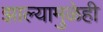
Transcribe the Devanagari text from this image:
झाल्यामुळेही